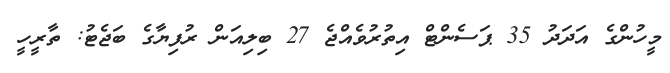
މީހުންގެ އަދަދު 35 ޕަސެންޓް އިތުރުވެއްޖެ 27 ބިލިއަން ރުފިޔާގެ ބަޖެޓު: ތާރީހީ